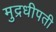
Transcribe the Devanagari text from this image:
मुद्रधीपती